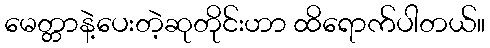
မေတ္တာနဲ့ပေးတဲ့ဆုတိုင်းဟာ ထိရောက်ပါတယ်။